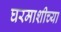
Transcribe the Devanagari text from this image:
घरमाशीच्या